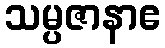
သမ္ပဇာနာဧ